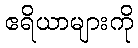
ဧရိယာများကို